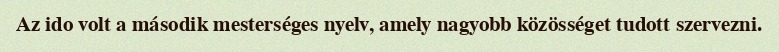
Az ido volt a második mesterséges nyelv, amely nagyobb közösséget tudott szervezni.